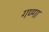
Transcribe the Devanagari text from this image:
गण्गा